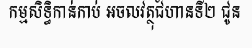
កម្មសិទ្ធិកាន់កាប់ អចលវត្ថុជំហានទី២ ជូន